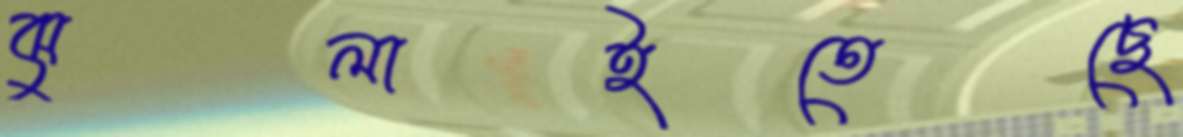
ঝুলাইতেছে